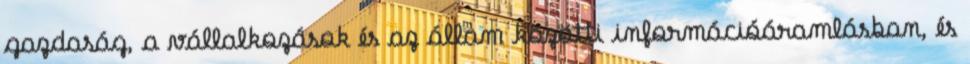
gazdaság, a vállalkozások és az állam közötti információáramlásban, és